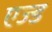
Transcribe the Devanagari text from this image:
एज्ड